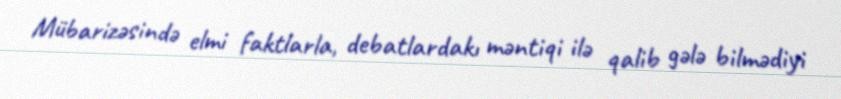
Mübarizəsində elmi faktlarla, debatlardakı məntiqi ilə qalib gələ bilmədiyi